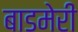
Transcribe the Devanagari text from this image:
बाडमेरी